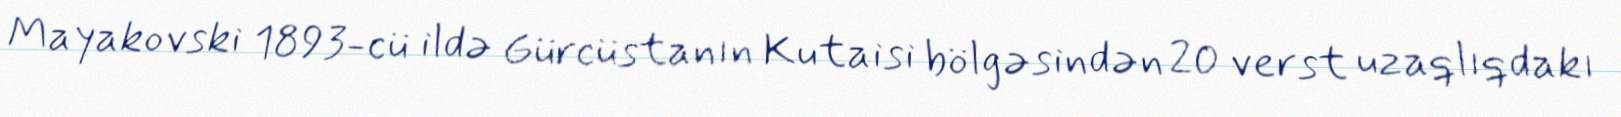
Mayakovski 1893-cü ildə Gürcüstanın Kutaisi bölgəsindən 20 verst uzaqlıqdakı